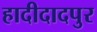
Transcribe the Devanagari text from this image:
हादीदादपुर